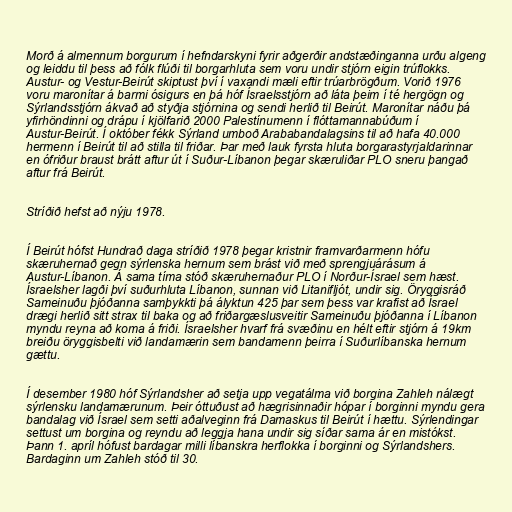
Morð á almennum borgurum í hefndarskyni fyrir aðgerðir andstæðinganna urðu algeng
og leiddu til þess að fólk flúði til borgarhluta sem voru undir stjórn eigin trúflokks.
Austur- og Vestur-Beirút skiptust því í vaxandi mæli eftir trúarbrögðum. Vorið 1976
voru maronítar á barmi ósigurs en þá hóf Ísraelsstjórn að láta þeim í té hergögn og
Sýrlandsstjórn ákvað að styðja stjórnina og sendi herlið til Beirút. Maronítar náðu þá
yfirhöndinni og drápu í kjölfarið 2000 Palestínumenn í flóttamannabúðum í
Austur-Beirút. Í október fékk Sýrland umboð Arababandalagsins til að hafa 40.000
hermenn í Beirút til að stilla til friðar. Þar með lauk fyrsta hluta borgarastyrjaldarinnar
en ófriður braust brátt aftur út í Suður-Líbanon þegar skæruliðar PLO sneru þangað
aftur frá Beirút.

Stríðið hefst að nýju 1978.

Í Beirút hófst Hundrað daga stríðið 1978 þegar kristnir framvarðarmenn hófu
skæruhernað gegn sýrlenska hernum sem brást við með sprengjuárásum á
Austur-Líbanon. Á sama tíma stóð skæruhernaður PLO í Norður-Ísrael sem hæst.
Ísraelsher lagði því suðurhluta Líbanon, sunnan við Litanifljót, undir sig. Öryggisráð
Sameinuðu þjóðanna samþykkti þá ályktun 425 þar sem þess var krafist að Ísrael
drægi herlið sitt strax til baka og að friðargæslusveitir Sameinuðu þjóðanna í Líbanon
myndu reyna að koma á friði. Ísraelsher hvarf frá svæðinu en hélt eftir stjórn á 19km
breiðu öryggisbelti við landamærin sem bandamenn þeirra í Suðurlíbanska hernum
gættu.

Í desember 1980 hóf Sýrlandsher að setja upp vegatálma við borgina Zahleh nálægt
sýrlensku landamærunum. Þeir óttuðust að hægrisinnaðir hópar í borginni myndu gera
bandalag við Ísrael sem setti aðalveginn frá Damaskus til Beirút í hættu. Sýrlendingar
settust um borgina og reyndu að leggja hana undir sig síðar sama ár en mistókst.
Þann 1. apríl hófust bardagar milli líbanskra herflokka í borginni og Sýrlandshers.
Bardaginn um Zahleh stóð til 30.